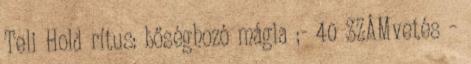
Teli Hold rítus: bőséghozó mágia ;- 40 SZÁMvetés –